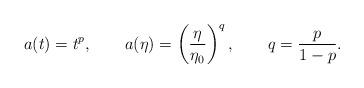
LaTeX: \begin{align*}a(t) = t^p, \qquad a(\eta) = \left(\frac{\eta}{\eta_0}\right)^q, \qquad q= \frac{p}{1-p}.\end{align*}